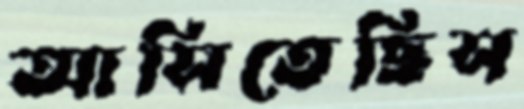
আসিতেছিস